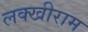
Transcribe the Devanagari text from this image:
लक्खीराम